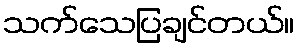
သက်သေပြချင်တယ်။